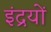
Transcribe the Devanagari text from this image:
इंद्रयों